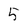
Character: 5